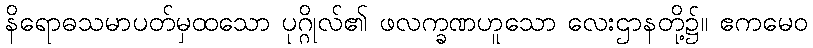
နိရောဓသမာပတ်မှထသော ပုဂ္ဂိုလ်၏ ဖလက္ခဏဟူသော လေးဌာနတို့၌။ ဧကမေဝ